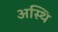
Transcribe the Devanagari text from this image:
अस्‍थि